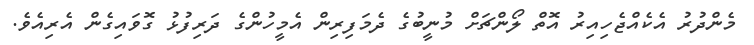
މެންދުރު އެކެއްޖެހިއިރު އޮތް ލޯންޗަށް މުނީބުގެ ދެމަފިރިން އެމީހުންގެ ދަރިފުޅު ގޮވައިގެން އެރިއެވެ.